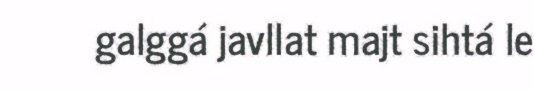
galggá javllat majt sihtá le